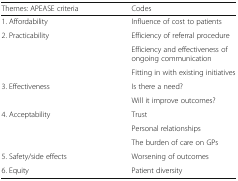
| Themes: APEASE criteria | Codes |
 | --- | --- |
 | 1. Affordability | Influence of cost to patients |
 | 2. Practicability | Efficiency of referral procedure |
 |  | Efficiency and effectiveness of ongoing communication |
 |  | Fitting in with existing initiatives |
 | 3. Effectiveness | Is there a need? |
 |  | Will it improve outcomes? |
 | 4. Acceptability | Trust |
 |  | Personal relationships |
 |  | The burden of care on GPs |
 | 5. Safety/side effects | Worsening of outcomes |
 | 6. Equity | Patient diversity |